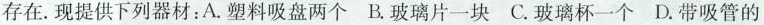
存在。现提供下列器材：A.塑料吸盘两个B.玻璃片一块C.玻璃杯一个D.带吸管的